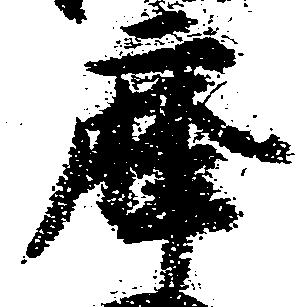
摩